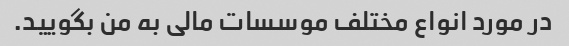
در مورد انواع مختلف موسسات مالی به من بگویید.